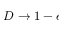
D \to 1 - \epsilon